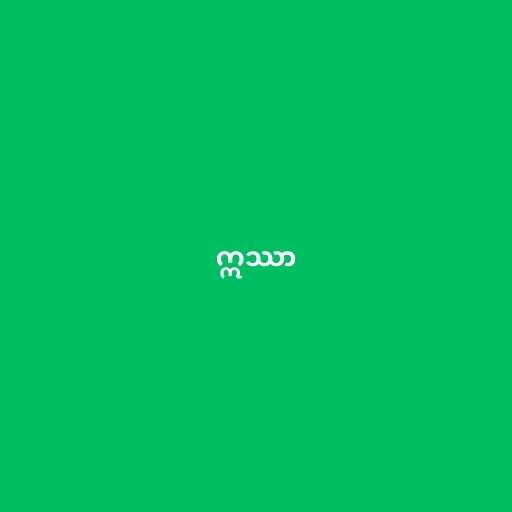
ဣဿာ